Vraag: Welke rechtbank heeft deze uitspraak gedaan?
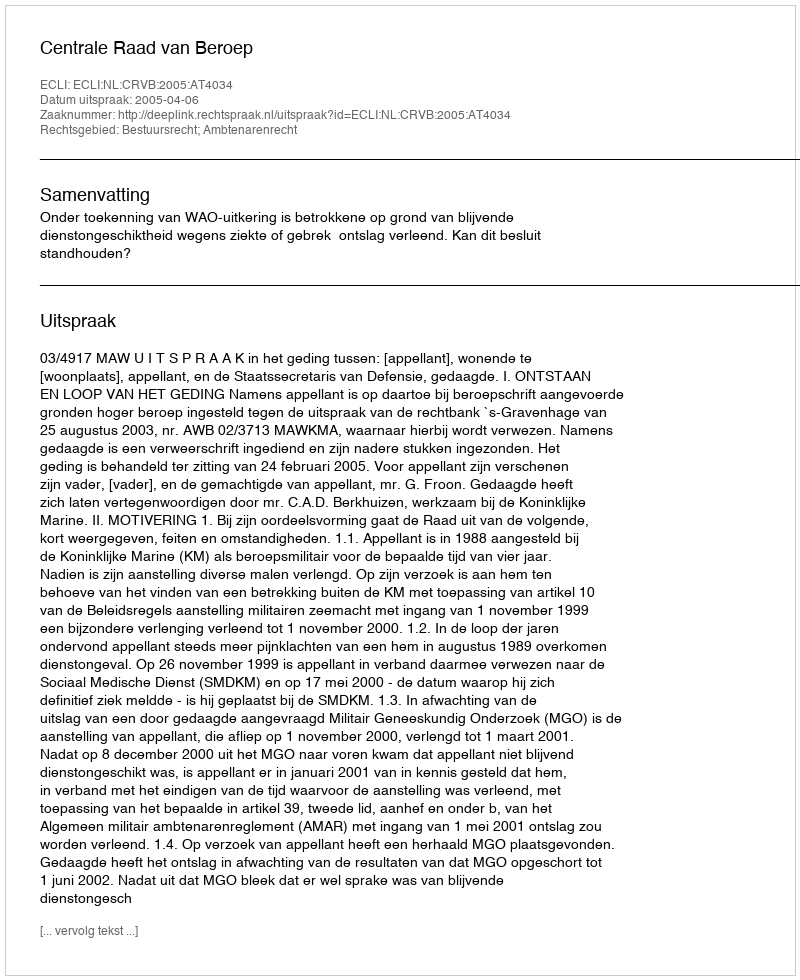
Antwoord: Centrale Raad van Beroep